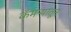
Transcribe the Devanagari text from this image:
कॅमऱ्यातून